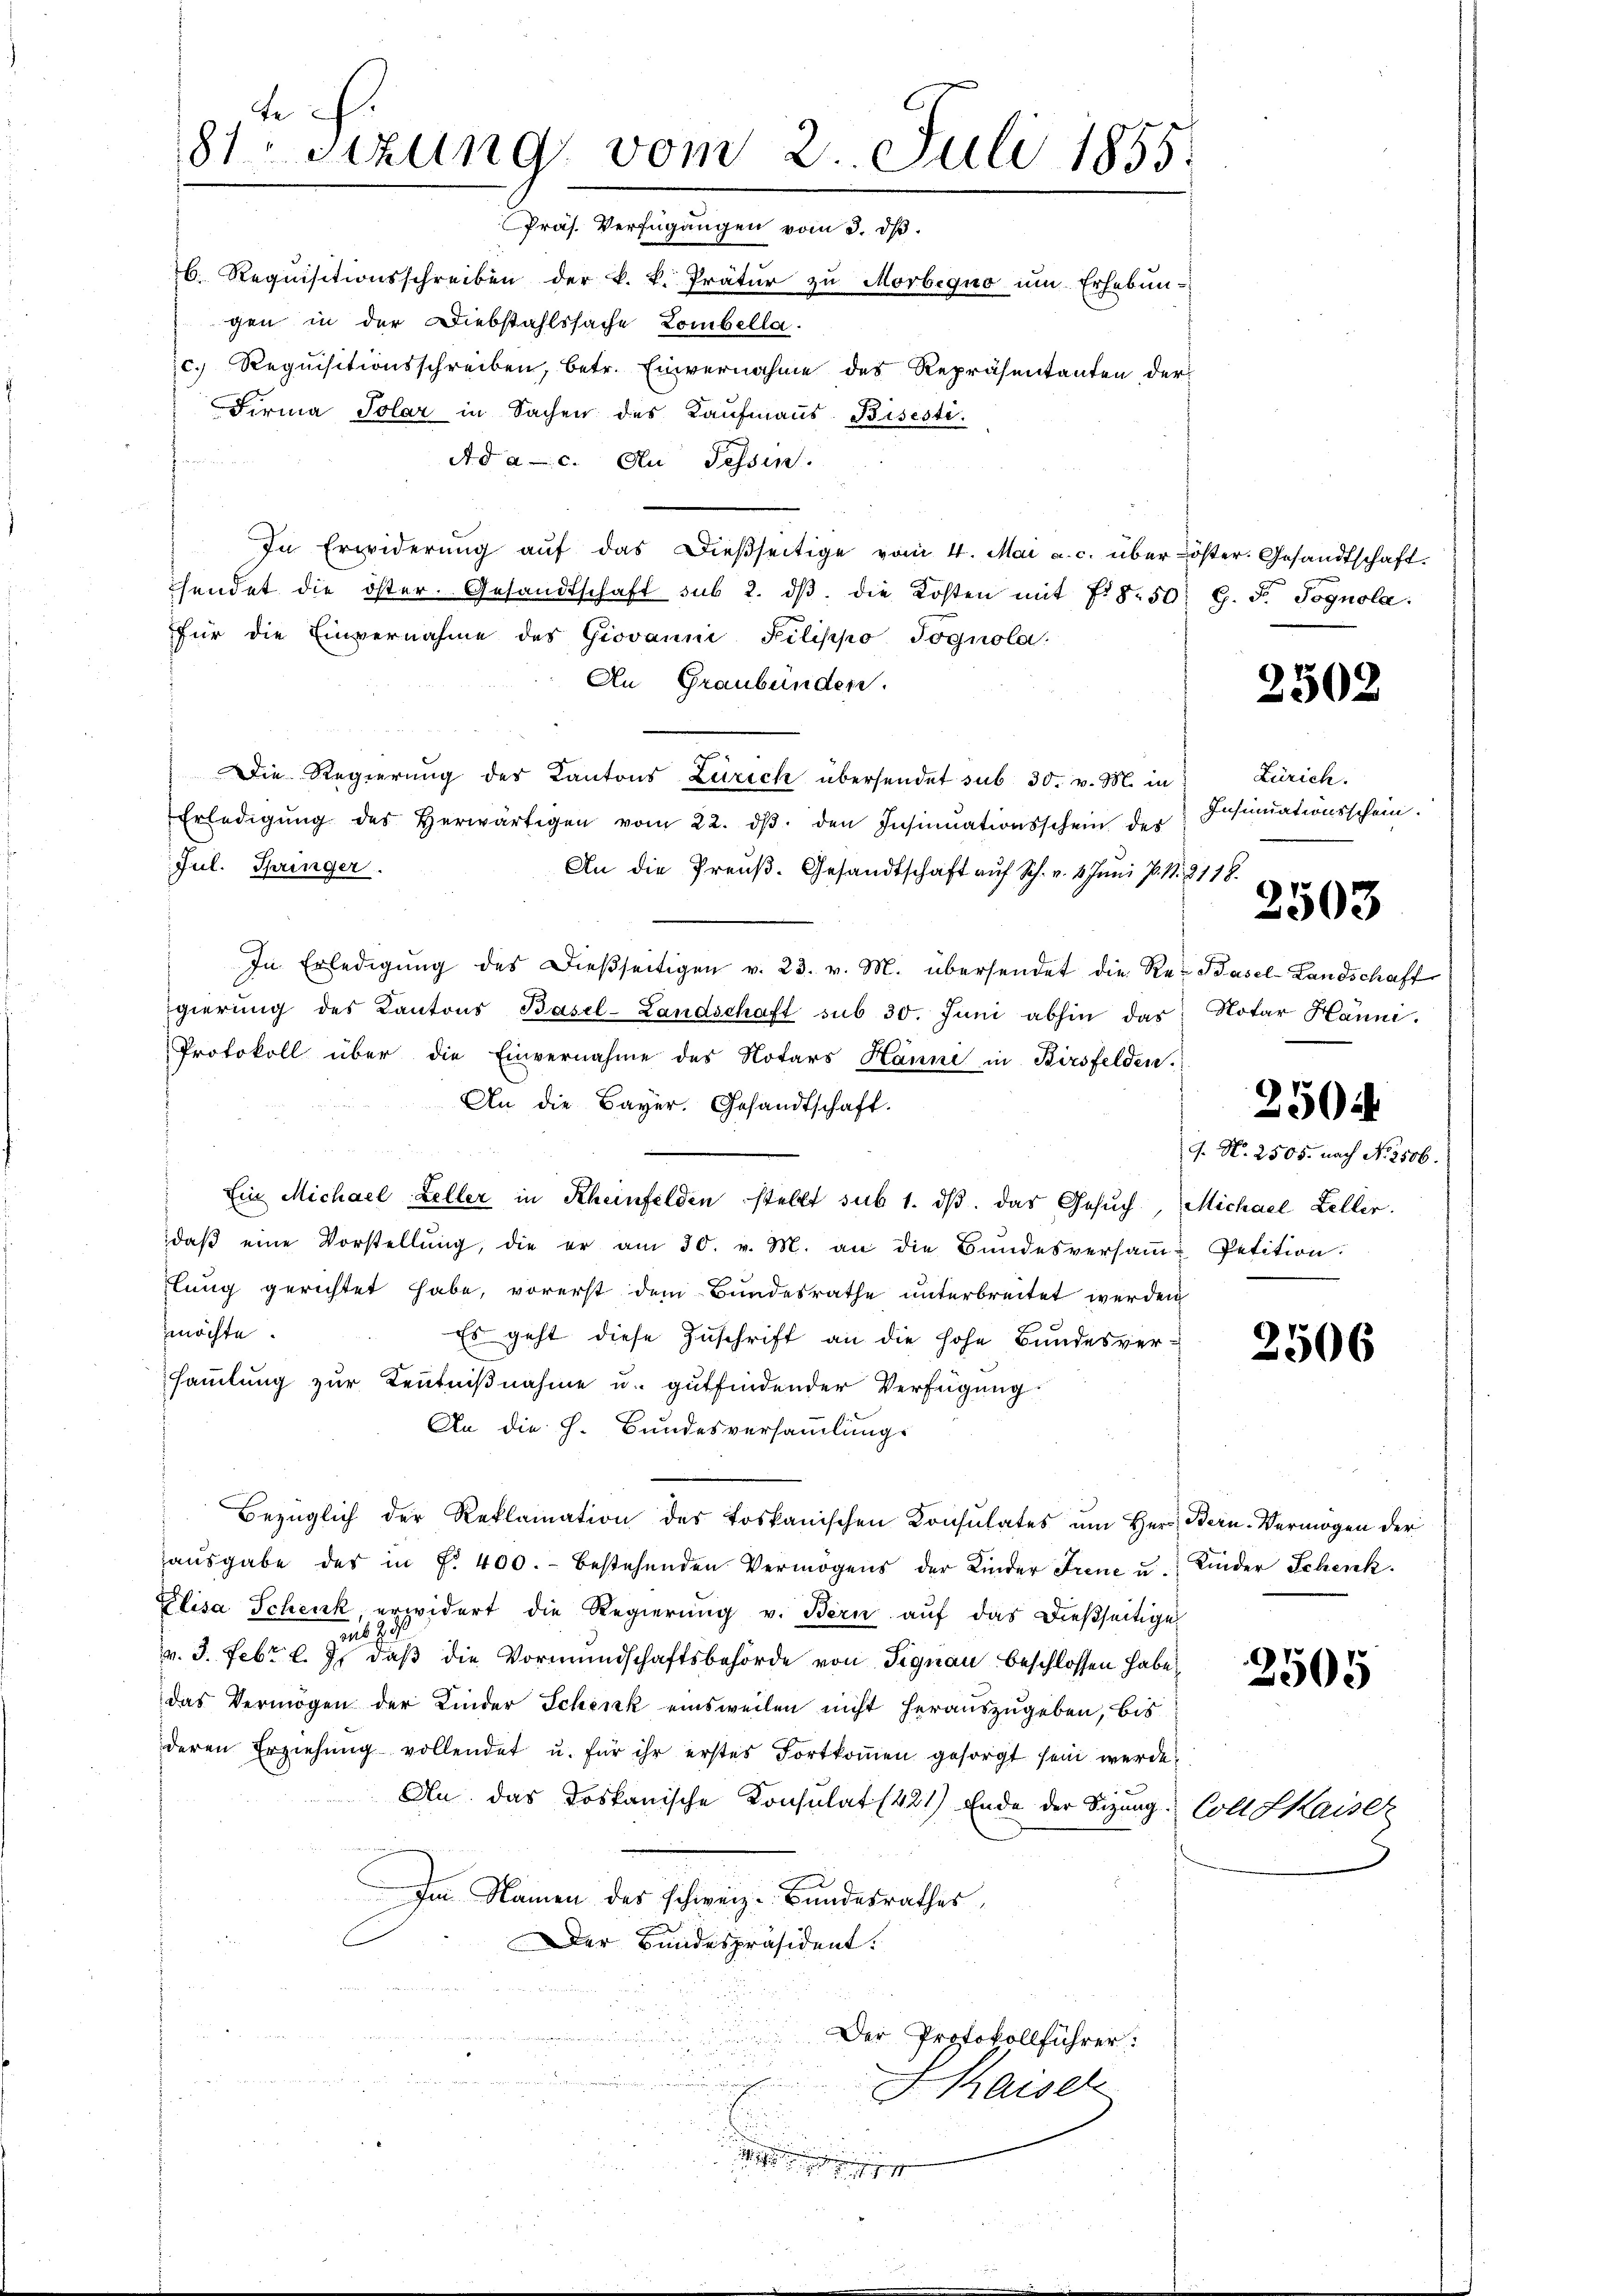
dch.
87 sizung vom 2. Juli 1855.
Präs. Verfügungen vom 3. dβ.

76. Requisitionsschreiben der k. k. Prätŭr zŭ Morbequo ŭm Erhebŭn-
gen in der Diebstahlssache Lombella.
c.) Requisitionsschreiben, betr. Einvernahme des Repräsentanten der
Firma Solar in Sachen des Kaufmanns. Bisesti
t
Ad a. c. An Tessin.
In Erwiderŭng aŭf das dieβseitige vom 4. Mai a. c. über öster. Gesandtschaft.
hendet die öster. Gesandtschaft sub 2. dβ die Kosten mit 78. 50. G. F. Sognola.
für die Einvernahme des Giovanni Filippo Jognola:
An Graubünden.
Die Regierung des Kantons Zürich übersendet sub 30. v. M. in Zürich.
Erledigŭng des herwärtigen vom 22. dβ. den Insinuationsschein des
Jul. Springer.
An die Preŭβ. Gesandtschaft auf Sch. v. 4. Juni p. 1. 2118.
In Erledigŭng des Dieβseitigen v. 23. v. M. übersendet die Re- Basel-Landschaft
gierŭng des Kantons Basel-Landschaft sub 30. Juni abhin das Notar Hanni.
Protokoll über die Einvernahme des Notars Hanne in Birsfelden.
An die Bayer. Gesandtschaft.
Ein Michael Keller in Rheinfelden stellt sub 1. dβ das Gesŭch, Michael Zeller.
daβ eine Vorstellŭng, die er am 30. v. M. an die Bŭndesversaṁ-Petition.
lung gerichtet habe, vorerst dem Bundesrathe unterbreitet werden
möchte.
Es geht diese Zuschrift an die hohe Bundesversammlung zur Kenntnißnahme u. gutfindender Verfügung
An die h. Bundesversammlungs
Bezüglich der Reklamation des toskanischen Konsulates um Herr Bern-Vermögen der
haŭsgabe der in fr. 400.- bestehenden Vermögens der Kinder Frene u. Kinder Schenk
Elisa Schenk, erwidert die Regierung v. Bern auf das dießseitige
aus d
v. J. Febr. l. J. daß die Vormundschaftsbehörde von Signau beschlossen habe.
das Vermögen der Kinder Schenk einsweilen nicht herauszugeben, bis
deren Erziehŭng vollendet u. für ihr erstes Fortkoṁen gesorgt sein werde.
An das Loskanische Konsulat (421) Ende der Sitzŭng Coll Kaise
Im Namen des schweiz. Bundesrathes,
Der Bundespräsident.
Der Protokollführer:
Kaiser
¬
e

2502

Insinuationsschein.
e

2503

J. N. 2505. nach No. 2506.

2504

2506

2505